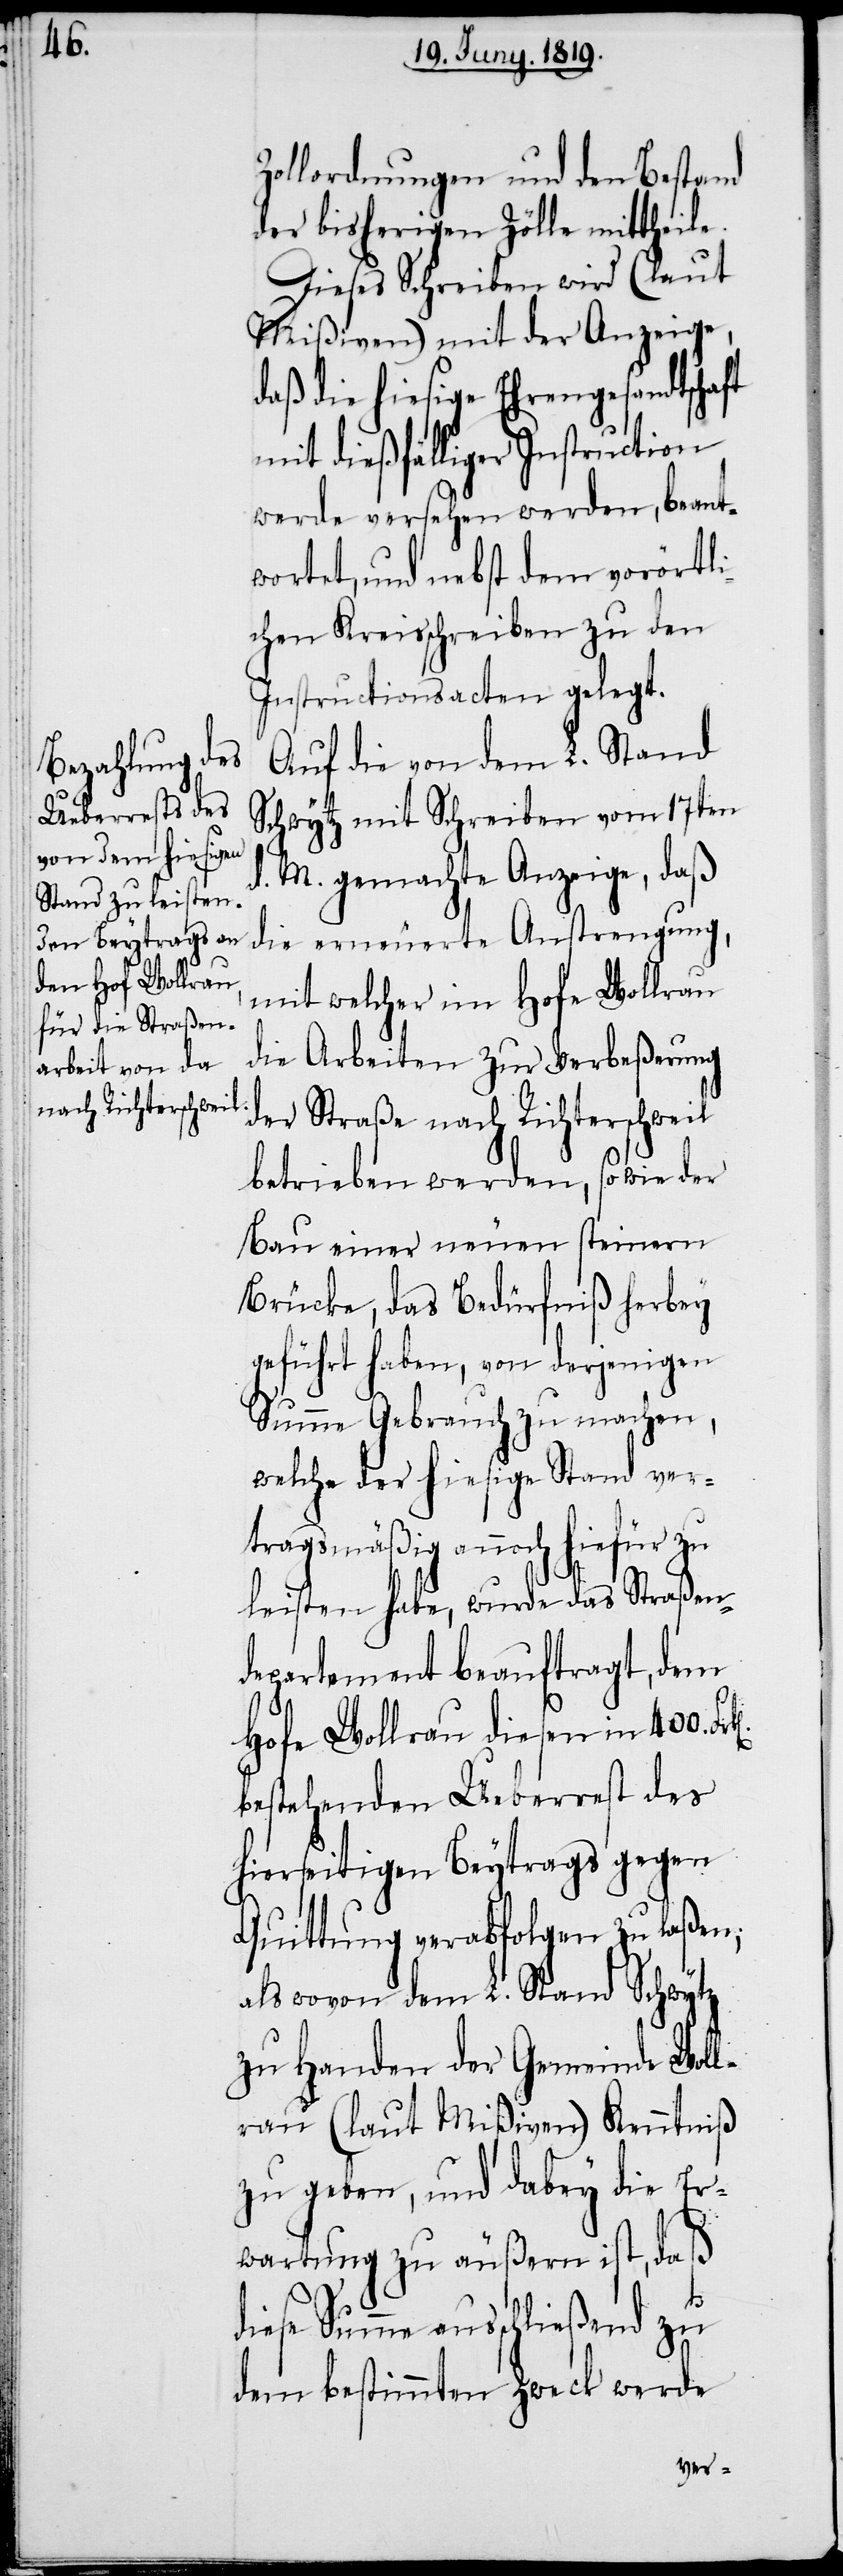
Zollordnungen und den Bestand
der bisherigen Zölle mittheile.
Dieses Schreiben wird (laut
Mißiven) mit der Anzeige,
daß die hiesige Ehrengesandtschaft
mit dießfälliger Instruction
werde versehen werden, beant¬
wortet, und nebst dem vorörtli¬
chen Kreisschreiben zu den
Instructionsacten gelegt.
Auf die von dem L. Stand
Schwytz mit Schreiben vom 17ten
d. M. gemachte Anzeige, daß
die erneuerte Anstrengung,
mit welcher im Hofe Wollrau
die Arbeiten zur Verbeßerung
der Straße nach Richterschweil
betrieben werden, sowie der
Bau einer neuen steinern
Brücke, das Bedürfniß herbey¬
geführt haben, von derjenigen
Summe Gebrauch zu machen,
welche der hiesige Stand ver¬
tragsmäßig annoch hiefür zu
leisten habe, wurde das Straßen¬
departement beauftragt, dem
Hofe Wollrau diesen in 400.
bestehenden Ueberrest des
hierseitigen Beytrags gegen
Quittung verabfolgen zu laßen;
als wovon dem L. Stand Schwytz
zu Handen der Gemeinde Woll¬
rau (laut Mißiven) Kenntniß
zu geben, und dabey die Er¬
wartung zu äußern ist, daß
diese Summe ausschließend zu
dem bestimmten Zweck werde